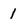
Character: 1